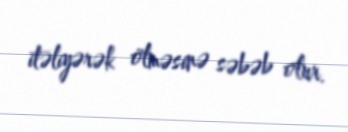
itəliyərək ölməsinə səbəb olur.